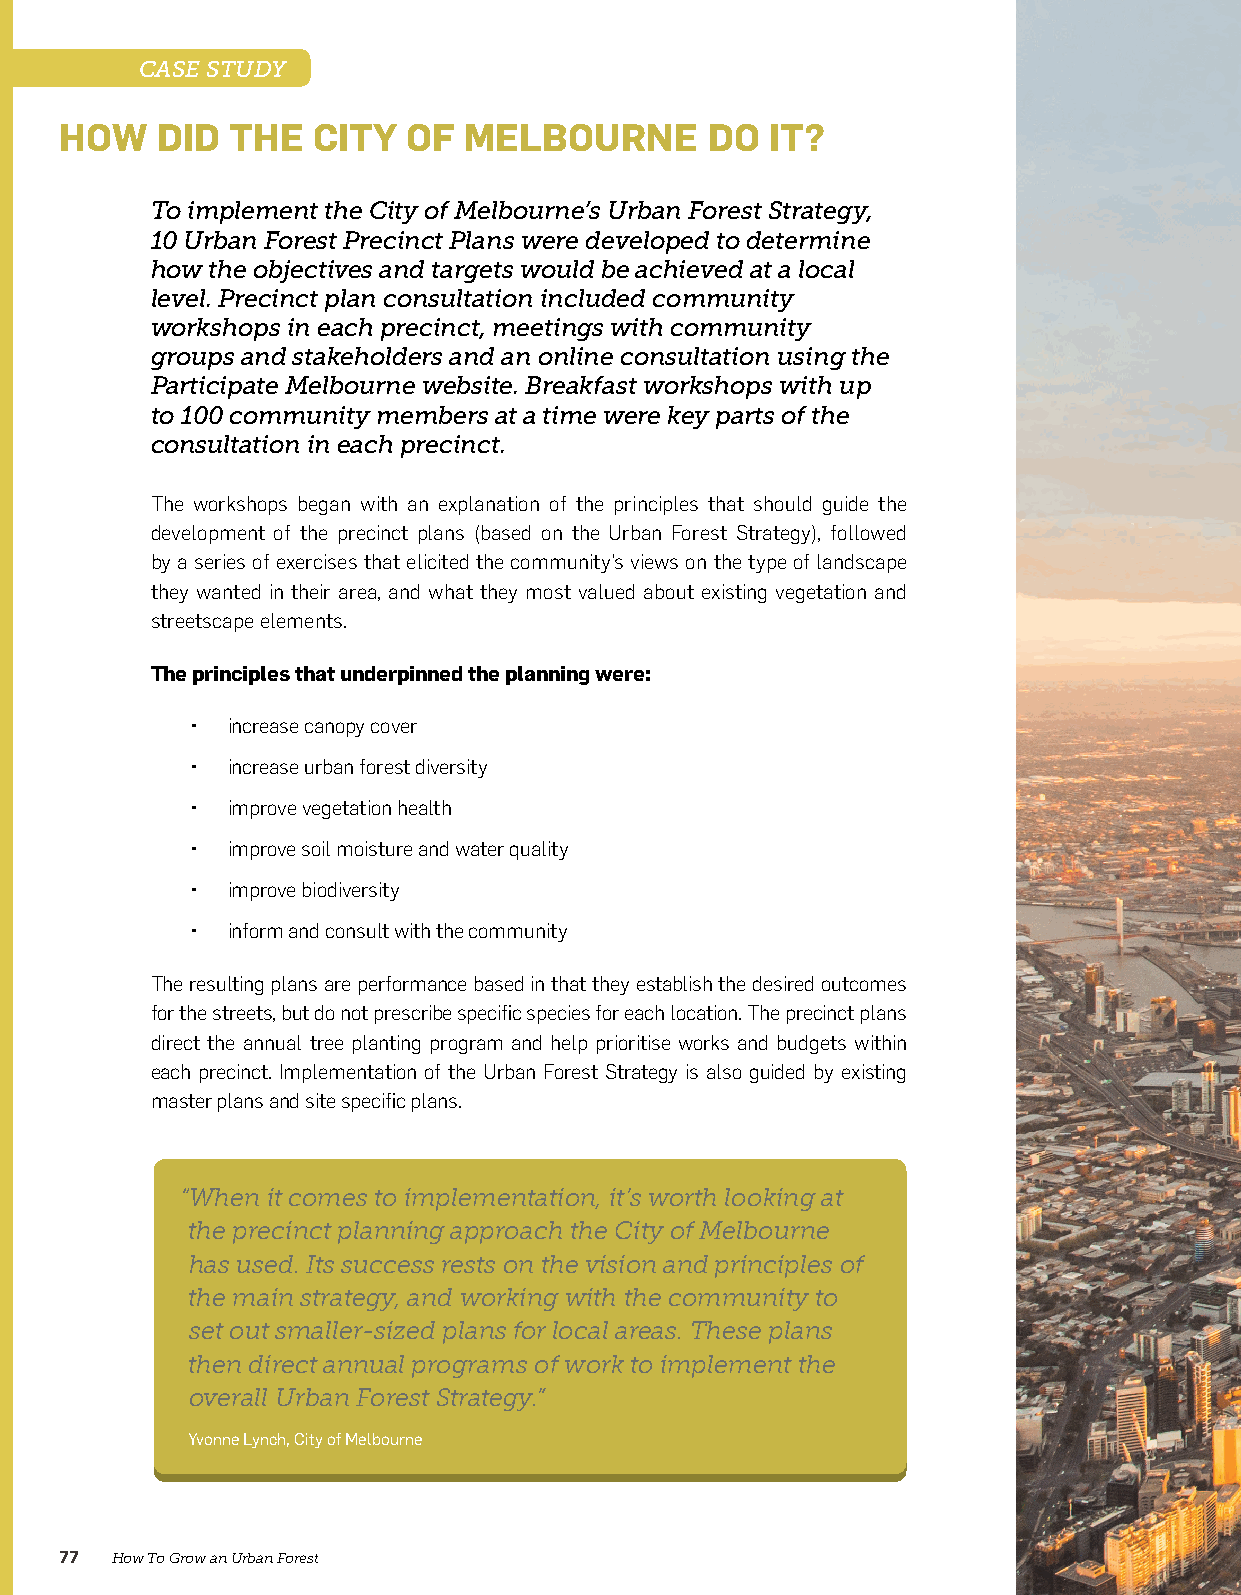
CASE STUDY
 HOW   DID  THE   CITY  OF  MELBOURNE       DO  IT?
 To implement the City of Melbourne’s Urban Forest Strategy,
 10 Urban Forest Precinct Plans were developed to determine
 how the objectives and targets would be achieved at a local
 level. Precinct plan consultation included community
 workshops in each precinct, meetings with community
 groups and stakeholders and an online consultation using the
 Participate Melbourne website. Breakfast workshops with up
 to 100 community members at a time were key parts of the
 consultation in each precinct.
 The workshops began with an explanation of the principles that should guide the
 development of the precinct plans (based on the Urban Forest Strategy), followed
 by a series of exercises that elicited the community’s views on the type of landscape
 they wanted in their area, and what they most valued about existing vegetation and
 streetscape elements.
 The principles that underpinned the planning were:
 • increase canopy cover
 • increase urban forest diversity
 • improve vegetation health
 • improve soil moisture and water quality
 • improve biodiversity
 • inform and consult with the community
 The resulting plans are performance based in that they establish the desired outcomes
 for the streets, but do not prescribe specific species for each location. The precinct plans
 direct the annual tree planting program and help prioritise works and budgets within
 each precinct. Implementation of the Urban Forest Strategy is also guided by existing
 master plans and site specific plans.
 “When it comes to implementation, it’s worth looking at
 the precinct planning approach the City of Melbourne
 has used. Its success rests on the vision and principles of
 the main strategy, and working with the community to
 set out smaller-sized plans for local areas. These plans
 then direct annual programs of work to implement the
 overall Urban Forest Strategy.”
 Yvonne Lynch, City of Melbourne
 77 How To Grow an Urban Forest